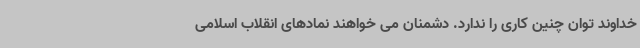
خداوند توان چنین کاری را ندارد. دشمنان می خواهند نمادهای انقلاب اسلامی